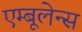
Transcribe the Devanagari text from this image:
एम्‍बूलेन्‍स